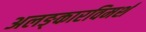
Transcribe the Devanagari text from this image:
अलङ्कारविमर्श